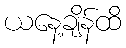
ယနေ့ချိန်ထိ